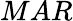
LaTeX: MAR